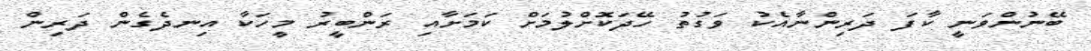
ބޭނުންވަނީ ކާފަ ދަރިންނާއެކު ވަގުތު ހޭދަކޮށްލުމަށް ކަމަށާއި ރަންބީރު މީހަކާ އިނދެގެން ދަރިން